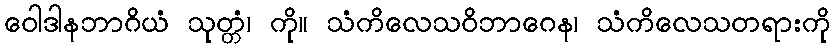
ဝေါဒါနဘာဂိယံ သုတ္တံ၊ ကို။ သံကိလေသဝိဘာဂေန၊ သံကိလေသတရားကို